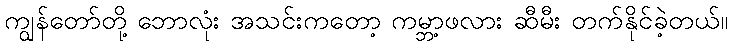
ကျွန်တော်တို့ ဘောလုံး အသင်းကတော့ ကမ္ဘာ့ဖလား ဆီမီး တက်နိုင်ခဲ့တယ်။